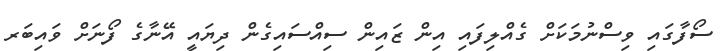
ސޯފާގައި ވިސްނުމަކަށް ގެއްލިފައި އިން ޒައިން ސިއްސައިގެން ދިޔައީ އޭނާގެ ފޯނަށް ވައިބަރ